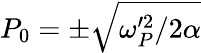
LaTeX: P_{0}=\pm\sqrt{\omega_{P}^{\prime 2}/2\alpha}